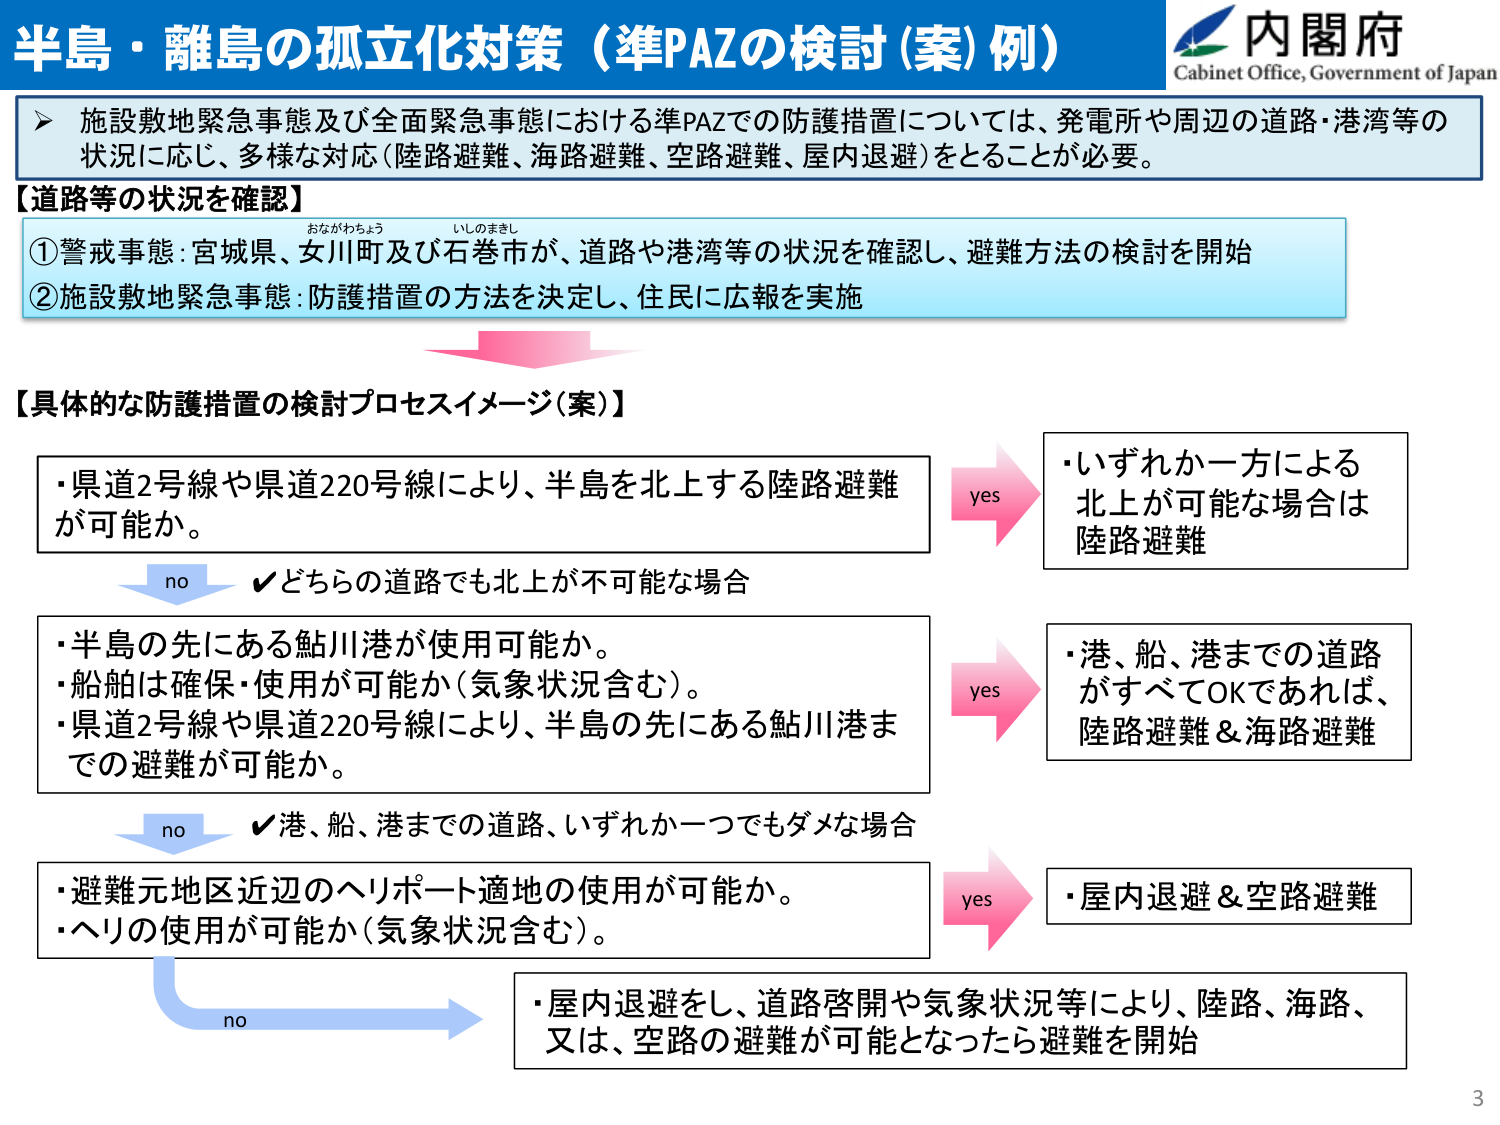
半島・離島の孤立化対策（準PAZの検討(案)例）

内閣府
Cabinet Office, Government of Japan

▶ 施設敷地緊急事態及び全面緊急事態における準PAZでの防護措置については、発電所や周辺の道路・港湾等の状況に応じ、多様な対応（陸路避難、海路避難、空路避難、屋内退避）をとることが必要。

【道路等の状況を確認】
①警戒事態：宮城県、女川町及び石巻市が、道路や港湾等の状況を確認し、避難方法の検討を開始
　　おながわちょう　いしのまきし
②施設敷地緊急事態：防護措置の方法を決定し、住民に広報を実施

【具体的な防護措置の検討プロセスイメージ(案)】
・県道2号線や県道220号線により、半島を北上する陸路避難が可能か。
　　yes
　　・いずれか一方による北上が可能な場合は陸路避難
　　no　✓どちらの道路でも北上が不可能な場合
・半島の先にある鮎川港が使用可能か。
・船舶は確保・使用が可能か（気象状況含む）。
・県道2号線や県道220号線により、半島の先にある鮎川港までの避難が可能か。
　　yes
　　・港、船、港までの道路がすべてOKであれば、陸路避難＆海路避難
　　no　✓港、船、港までの道路、いずれか一つでもダメな場合
・避難元地区近辺のヘリポート適地の使用が可能か。
・ヘリの使用が可能か（気象状況含む）。
　　yes
　　・屋内退避＆空路避難
　　no
　　・屋内退避をし、道路啓開や気象状況等により、陸路、海路、又は、空路の避難が可能となったら避難を開始

3